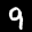
Digit: 9